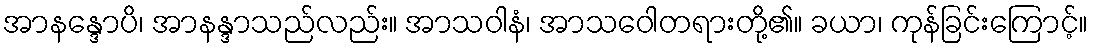
အာနန္ဒောပိ၊ အာနန္ဒာသည်လည်း။ အာသဝါနံ၊ အာသဝေါတရားတို့၏။ ခယာ၊ ကုန်ခြင်းကြောင့်။